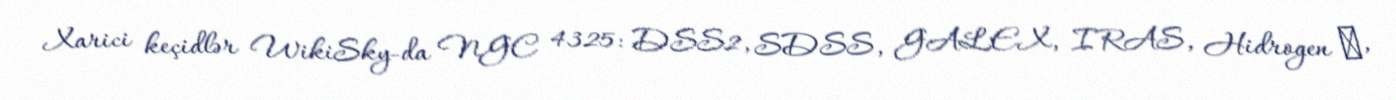
Xarici keçidlər WikiSky-da NGC 4325: DSS2, SDSS, GALEX, IRAS, Hidrogen α,